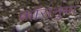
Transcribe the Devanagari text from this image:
क्रॉसनुमा